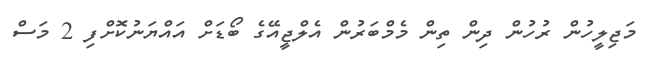
މަޖިލީހުން ރުހުން ދިން ތިން މެމްބަރުން އެލްޖީއޭގެ ބޯޑަށް އައްޔަނުކޮށްފި 2 މަސް